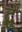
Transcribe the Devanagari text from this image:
र्द्धं